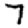
Digit: 7